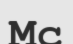
Мс